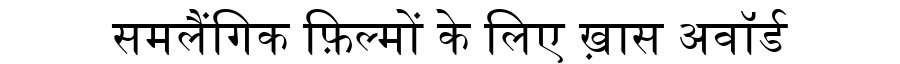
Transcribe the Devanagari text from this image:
समलैंगिक फ़िल्मों के लिए ख़ास अवॉर्ड